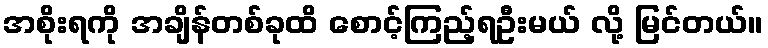
အစိုးရကို အချိန်တစ်ခုထိ စောင့်ကြည့်ရဦးမယ် လို့ မြင်တယ်။